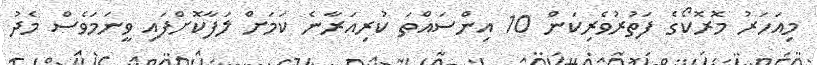
މިއަހަރު މޮރޮކޯގެ ފަތުރުވެރިކަން 10 އިންސައްތަ ކުރިއަރާނެ ކަމަށް ލަފާކޮށްފައި ވީނަމަވެސް މެދު